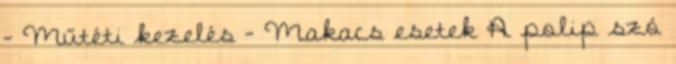
- Műtéti kezelés - Makacs esetek A polip szó